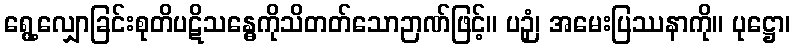
ရွေ့လျှောခြင်းစုတိပဋိသန္ဓေကိုသိတတ်သောဉာဏ်ဖြင့်။ ပဉှံ၊ အမေးပြဿနာကို။ ပုဋ္ဌော၊